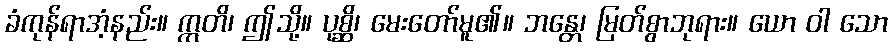
ခံကုန်ရာအံ့နည်း။ ဣတိ၊ ဤသို့။ ပုစ္ဆိ၊ မေးတော်မူ၏။ ဘန္တေ၊ မြတ်စွာဘုရား။ ယော ဝါ သော